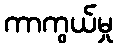
ကာကွယ်မှု